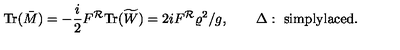
\mathrm { T r } ( \bar { M } ) = - { \frac { i } { 2 } } F ^ { \cal R } \mathrm { T r } ( \widetilde { W } ) = 2 i F ^ { \cal R } { \varrho ^ { 2 } } / g , \qquad \Delta : \ \mathrm { s i m p l y l a c e d } .